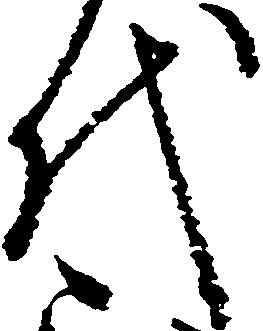
代